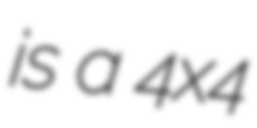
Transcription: is a 4x4